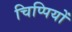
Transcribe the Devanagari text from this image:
चिप्पियों